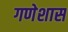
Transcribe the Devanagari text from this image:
गणेशास